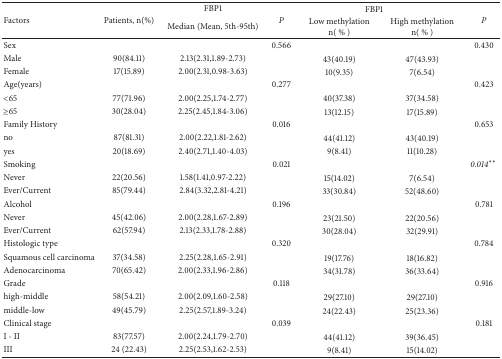
<table><thead><tr><td rowspan="2"><b> Factors</b></td><td rowspan="2"><b> Patients, n(%)</b></td><td><b>FBP1</b></td><td rowspan="2"><b><i>P</i></b></td><td colspan="2"><b>FBP1</b></td><td rowspan="2"><b><i>P</i></b></td></tr><tr><td><b>Median (Mean, 5th-95th)</b></td><td><b>Low methylationn( % )</b></td><td><b>High methylation n( % )</b></td></tr></thead><tbody><tr><td colspan="2">Sex</td><td> </td><td>0.566</td><td> </td><td> </td><td>0.430</td></tr><tr><td>Male</td><td>90(84.11)</td><td>2.13(2.31,1.89-2.73)</td><td> </td><td>43(40.19)</td><td>47(43.93)</td><td> </td></tr><tr><td>Female</td><td>17(15.89)</td><td>2.00(2.31,0.98-3.63)</td><td> </td><td>10(9.35)</td><td>7(6.54)</td><td> </td></tr><tr><td colspan="2">Age(years)</td><td> </td><td>0.277</td><td> </td><td> </td><td>0.423</td></tr><tr><td>&lt;65</td><td>77(71.96)</td><td>2.00(2.25,1.74-2.77)</td><td> </td><td>40(37.38)</td><td>37(34.58)</td><td> </td></tr><tr><td>≥65</td><td>30(28.04)</td><td>2.25(2.45,1.84-3.06)</td><td> </td><td>13(12.15)</td><td>17(15.89)</td><td> </td></tr><tr><td colspan="2">Family History</td><td> </td><td>0.016</td><td> </td><td> </td><td>0.653</td></tr><tr><td>no</td><td>87(81.31)</td><td>2.00(2.22,1.81-2.62)</td><td> </td><td>44(41.12)</td><td>43(40.19)</td><td> </td></tr><tr><td>yes</td><td>20(18.69)</td><td>2.40(2.71,1.40-4.03)</td><td> </td><td>9(8.41)</td><td>11(10.28)</td><td> </td></tr><tr><td colspan="2">Smoking</td><td> </td><td>0.021</td><td> </td><td> </td><td><i>0.014</i><sup><i>∗∗</i></sup> </td></tr><tr><td>Never</td><td>22(20.56)</td><td>1.58(1.41,0.97-2.22)</td><td> </td><td>15(14.02)</td><td>7(6.54)</td><td> </td></tr><tr><td>Ever/Current</td><td>85(79.44)</td><td>2.84(3.32,2.81-4.21)</td><td> </td><td>33(30.84)</td><td>52(48.60)</td><td> </td></tr><tr><td colspan="2">Alcohol</td><td> </td><td>0.196</td><td> </td><td> </td><td>0.781</td></tr><tr><td>Never</td><td>45(42.06)</td><td>2.00(2.28,1.67-2.89)</td><td> </td><td>23(21.50)</td><td>22(20.56)</td><td> </td></tr><tr><td>Ever/Current</td><td>62(57.94)</td><td>2.13(2.33,1.78-2.88)</td><td> </td><td>30(28.04)</td><td>32(29.91)</td><td> </td></tr><tr><td colspan="2">Histologic type</td><td> </td><td>0.320</td><td> </td><td> </td><td>0.784</td></tr><tr><td>Squamous cell carcinoma</td><td>37(34.58)</td><td>2.25(2.28,1.65-2.91)</td><td> </td><td>19(17.76)</td><td>18(16.82)</td><td> </td></tr><tr><td>Adenocarcinoma</td><td>70(65.42)</td><td>2.00(2.33,1.96-2.86)</td><td> </td><td>34(31.78)</td><td>36(33.64)</td><td> </td></tr><tr><td colspan="2">Grade</td><td> </td><td>0.118</td><td> </td><td> </td><td>0.916</td></tr><tr><td>high-middle</td><td>58(54.21)</td><td>2.00(2.09,1.60-2.58)</td><td> </td><td>29(27.10)</td><td>29(27.10)</td><td> </td></tr><tr><td>middle-low</td><td>49(45.79)</td><td>2.25(2.57,1.89-3.24)</td><td> </td><td>24(22.43)</td><td>25(23.36)</td><td> </td></tr><tr><td colspan="2">Clinical stage</td><td> </td><td>0.039</td><td> </td><td> </td><td>0.181</td></tr><tr><td>I - II</td><td>83(77.57)</td><td>2.00(2.24,1.79-2.70)</td><td> </td><td>44(41.12)</td><td>39(36.45)</td><td> </td></tr><tr><td>III</td><td>24 (22.43)</td><td>2.25(2.53,1.62-2.53)</td><td> </td><td>9(8.41)</td><td>15(14.02)</td><td> </td></tr></tbody></table>